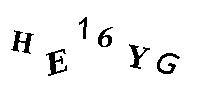
HE16YG